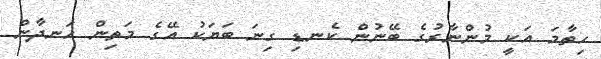
ހިތާމަ އަކީ މުންނާރުގެ ބޭނުން ކެނޑި ގިނަ ބަޔަކު އޭގެ މަތިން ހަނދާން